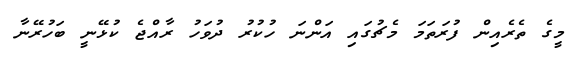
މީގެ ތެރެއިން ފުރަތަމަ މެޗުގައި އަންނަ ހުކުރު ދުވަހު ރާއްޖެ ކުޅޭނީ ބަހުރޭނާ